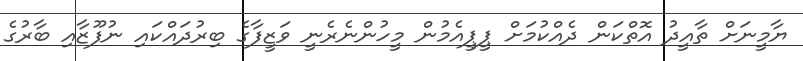
ޔާމީނަށް ތާއީދު އޮތްކަން ދެއްކުމަށް ޕީޕީއެމުން މީހުންނެރެނީ ވަޒީފާގެ ބިރުދައްކައި ނުފޫޒާއި ބާރުގެ